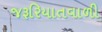
જરૂરિયાતવાળી